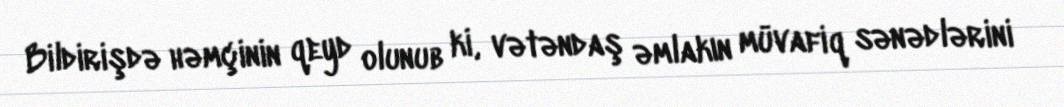
Bildirişdə həmçinin qeyd olunub ki, vətəndaş əmlakın müvafiq sənədlərini